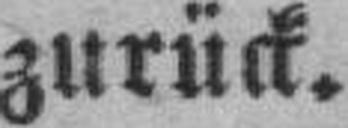
zurück.